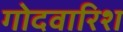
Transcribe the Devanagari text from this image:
गोदवारिश